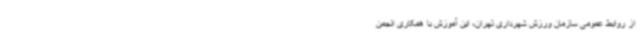
از روابط عمومی سازمان ورزش شهرداری تهران، این آموزش با همکاری انجمن